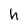
Character: h